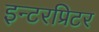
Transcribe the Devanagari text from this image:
इन्टरप्रिटर